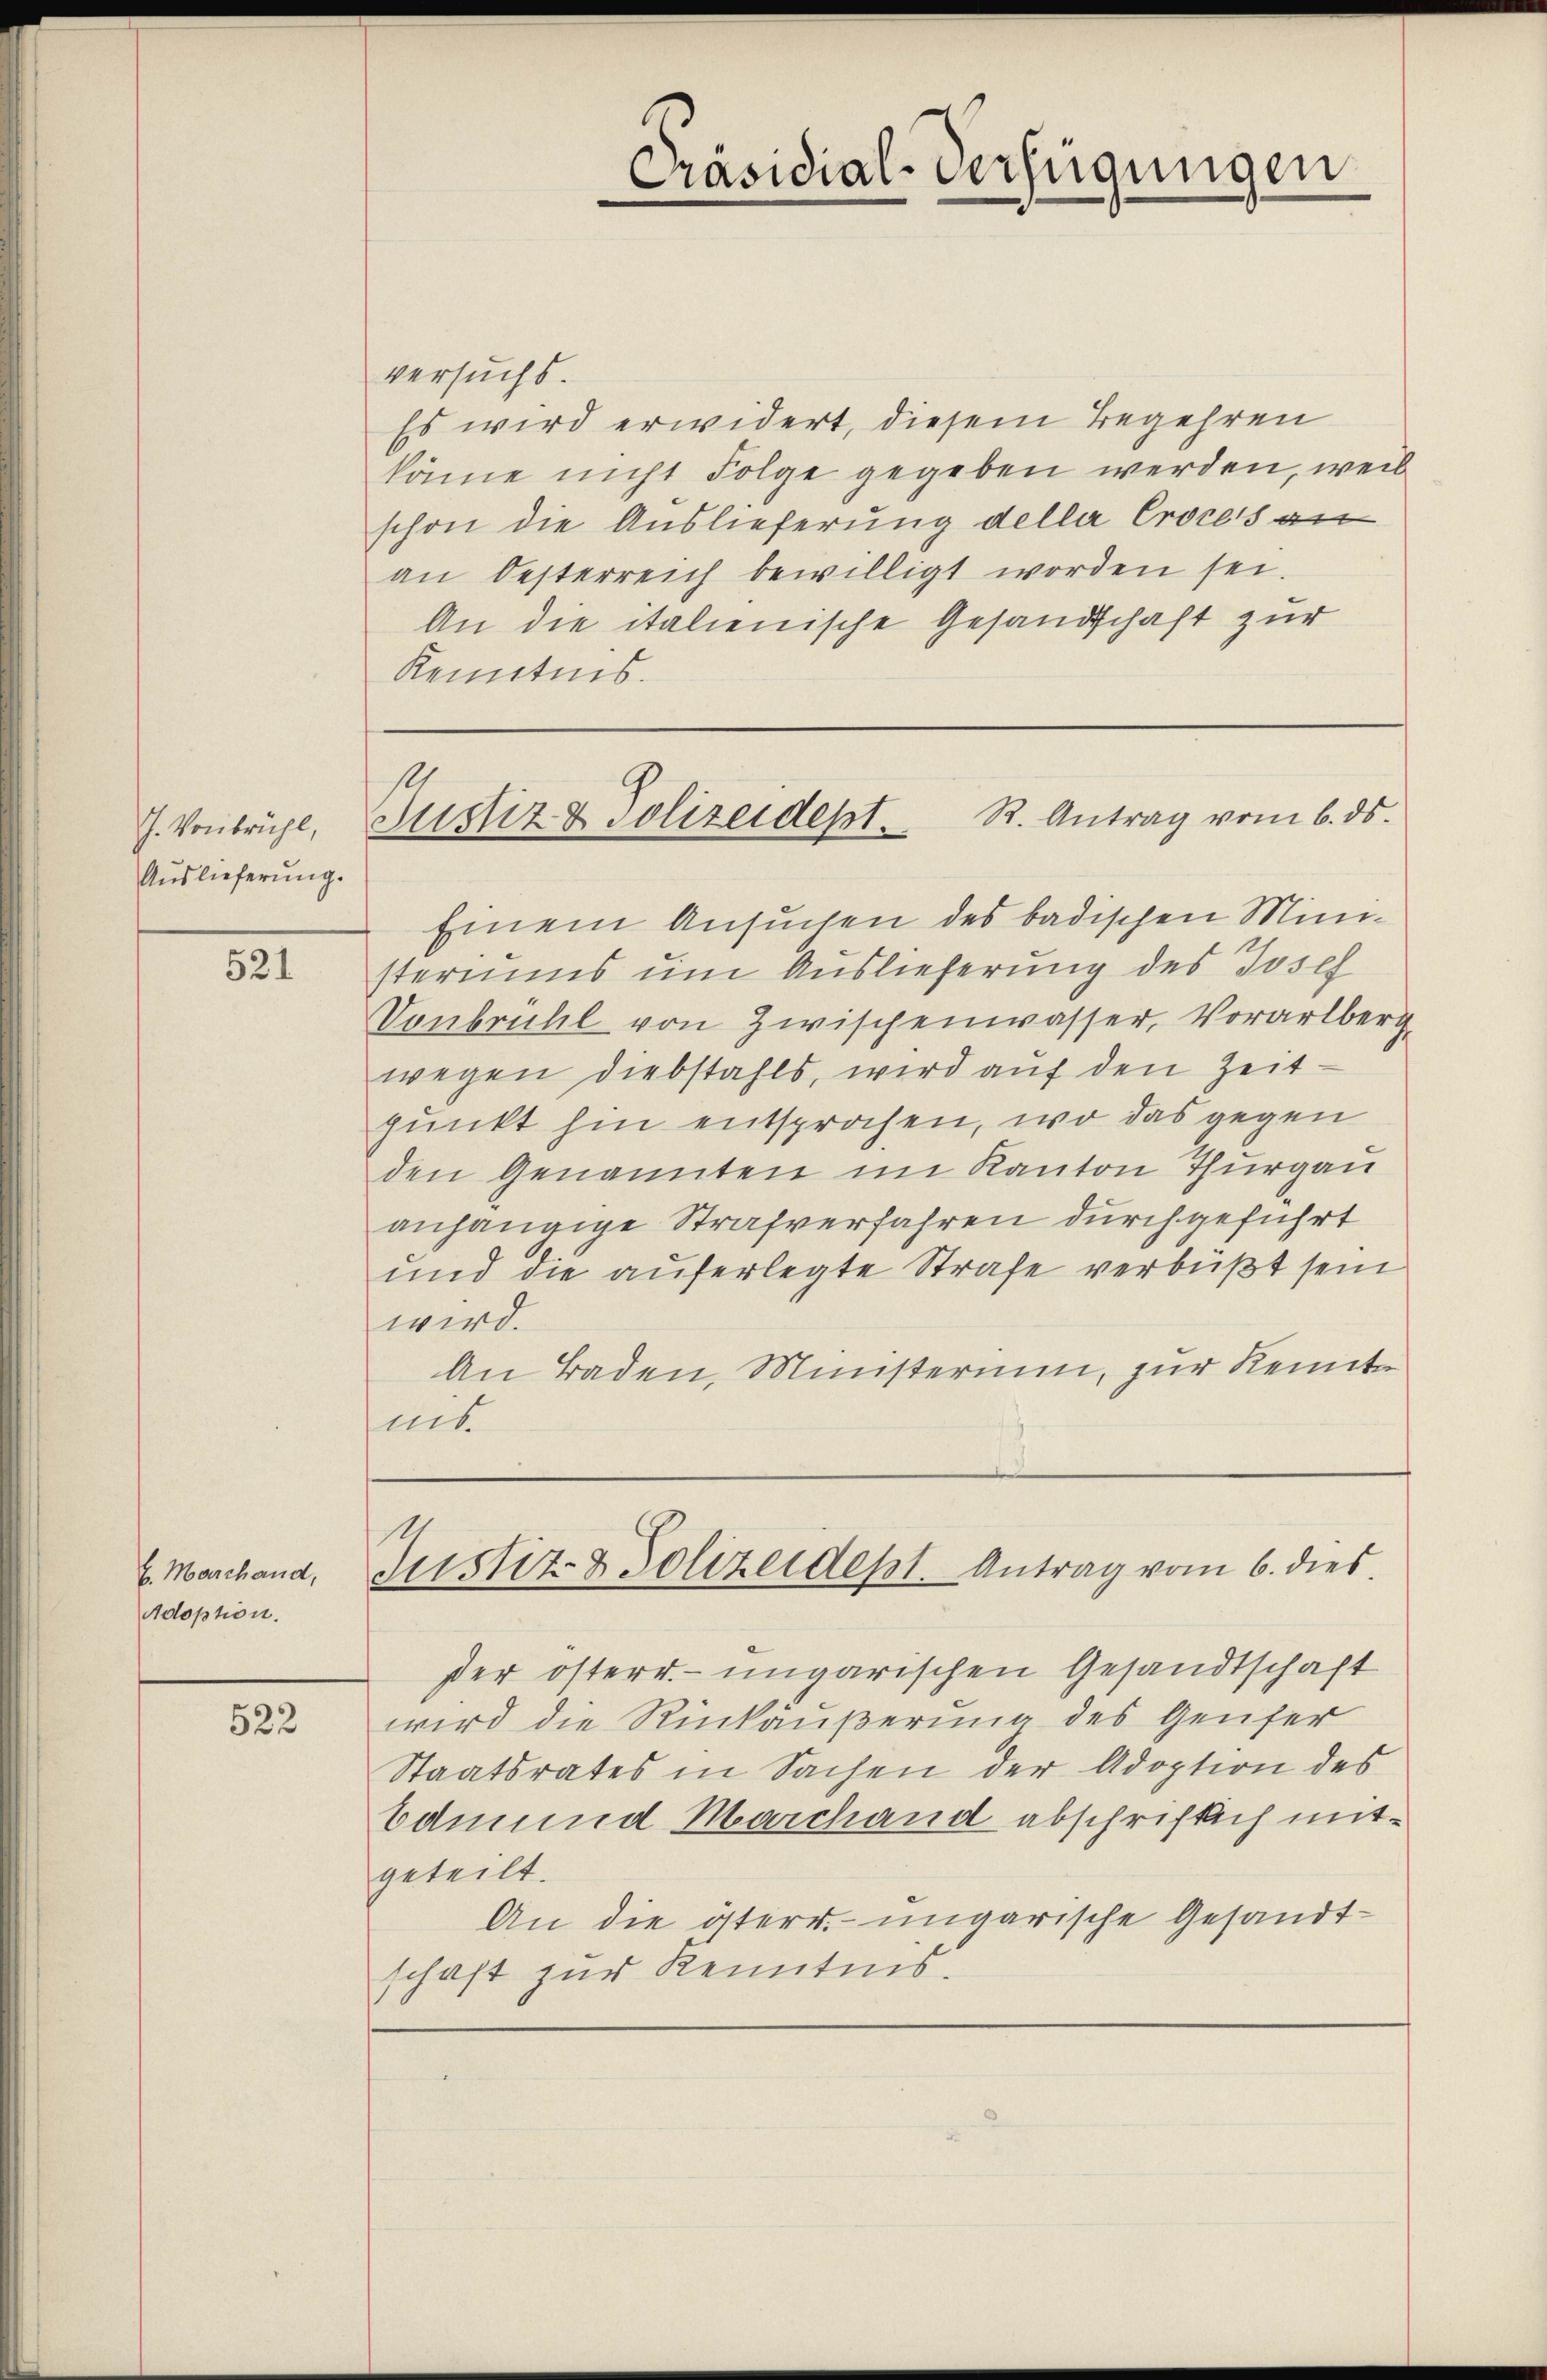
J. Vonbrühl,
Auslieferung.

521

b. Marchand,
Adoption.

522

versuchs
Es wird erwidert, diesem Begehren
käme nicht Folge gegeben werden, weil
schon die Auslieferung della Croces an
an Oesterreich bewilligt worden sei.
An die italienische Gesandschaft zur
Kenntnis.

Präsidial-Verfügungen

Einem Ansuchen des badischen Ministeriums um Auslieferung des Josef
Vonbrühl von Zwischenwasser, Vorarlberg
wegen Diebstahls, wird auf den Zeit
punkt hin entsprochen, wo das gegen
den Genannten im Kanton Thurgau
anhängige Strafverfahren durchgeführt
und die auferlegte Strafe verbüßt sein
wird.
An Baden, Ministerium, zur Kennt
mit

Blustiz & Polizeidept. R. Antrag vom 6. ds.

Justiz- & Polizeidest. Antrag vom 6. dies

der österr. ungarischen Gesandtschaft
wird die Rückäußerung des Genfer
Staatsrates in Sachen der Adoption des
Edmund Marchand abschriftlich mitgeteilt.
An die österr.-ungarische Gesandtschaft zur Kenntnis.